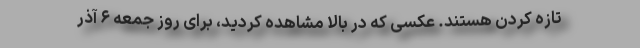
تازه کردن هستند. عکسی که در بالا مشاهده کردید، برای روز جمعه ۶ آذر